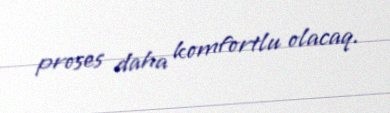
proses daha komfortlu olacaq.